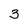
Character: 3